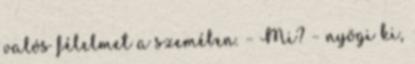
valós félelmet a szemében. – Mi? – nyögi ki,